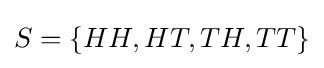
S=\{HH,HT,TH,TT\}